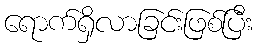
ရောက်ရှိလာခြင်းဖြစ်ပြီး